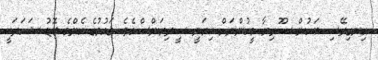
އިނގިރޭސި ބަހުން ސޫރިޔާ މީހުންނަށް ކިޔަނީ ސީރިޔަންސްއެވެ. ޤައުމުގެ އެންމެ ބޮޑު ޝަހަރަކީ